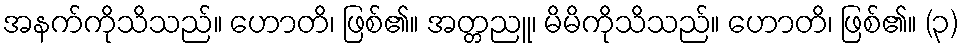
အနက်ကိုသိသည်။ ဟောတိ၊ ဖြစ်၏။ အတ္တညူ၊ မိမိကိုသိသည်။ ဟောတိ၊ ဖြစ်၏။ (၃)